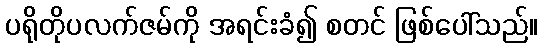
ပရိုတိုပလက်ဇမ်ကို အရင်းခံ၍ စတင် ဖြစ်ပေါ်သည်။